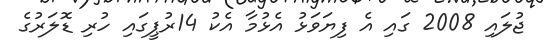
ޖުލައި 2008 ގައި އެ ފިޔަވަޅު އެޅުމާ އެކު 14ރުޕީގައި ހުރި ޑޮލަރުގެ